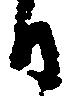
日